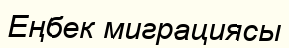
Еңбек миграциясы